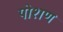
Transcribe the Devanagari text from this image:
पोशण